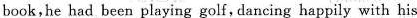
book,he had been playing golf,dancing happily with his